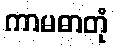
ကာမဓာတုံ